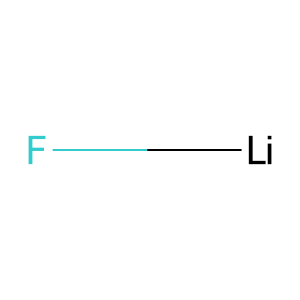
SMILES: [Li]F
Inhibits HIV replication: No